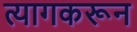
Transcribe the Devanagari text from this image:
त्यागकरून